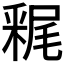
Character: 𲇀